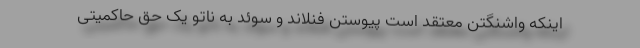
اینکه واشنگتن معتقد است پیوستن فنلاند و سوئد به ناتو یک حق حاکمیتی